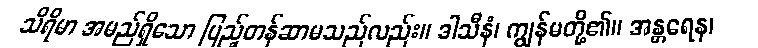
သိရိမာ အမည်ရှိသော ပြည့်တန်ဆာမသည်လည်း။ ဒါသီနံ၊ ကျွန်မတို့၏။ အန္တရေန၊